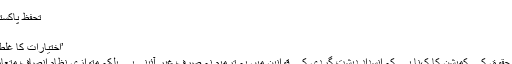
‘
تحفظِ پاکستان آرڈیننس کے خلاف ہڑتال
تحفظ پاکستان آرڈیننس جاری
’اختیارات کا غلط استعمال روکنا مشکل ہو گا‘
تاہم حزب اختلاف اور انسانی حقوق کے کمیشن کا کہنا ہے کہ انسداد دہشت گردی کے قوانین میں یہ ترمیم نہ صرف غیر آئینی ہے بلکہ متوازی نظام انصاف متعارف کرانے کے مترادف ہے۔